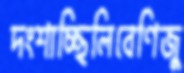
দংশাচ্ছিলিবেণিজু